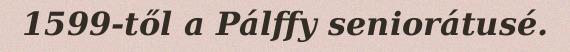
1599-től a Pálffy seniorátusé.